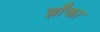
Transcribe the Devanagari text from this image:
झॉँका